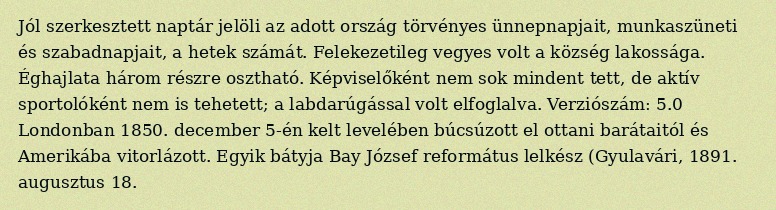
Jól szerkesztett naptár jelöli az adott ország törvényes ünnepnapjait, munkaszüneti és szabadnapjait, a hetek számát. Felekezetileg vegyes volt a község lakossága. Éghajlata három részre osztható. Képviselőként nem sok mindent tett, de aktív sportolóként nem is tehetett; a labdarúgással volt elfoglalva. Verziószám: 5.0 Londonban 1850. december 5-én kelt levelében búcsúzott el ottani barátaitól és Amerikába vitorlázott. Egyik bátyja Bay József református lelkész (Gyulavári, 1891. augusztus 18.